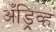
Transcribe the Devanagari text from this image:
अँड्रिव्ह